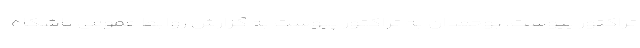
تراکتور پیوست. بوحمدان به تراکتور پیوست به گزارش روابط عمومی باشگاه